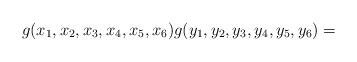
LaTeX: \begin{align*} g(x_1,x_2,x_3,x_4,x_5,x_6) g(y_1,y_2,y_3,y_4,y_5,y_6)= \end{align*}